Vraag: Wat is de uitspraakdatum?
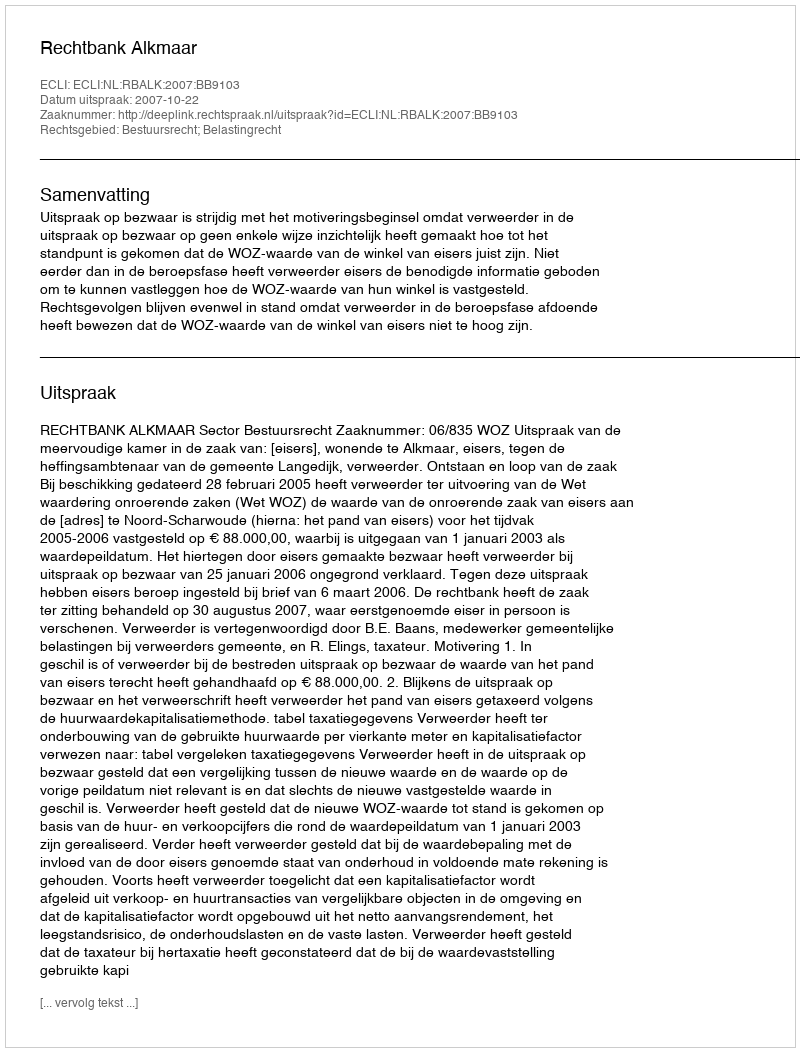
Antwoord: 2007-10-22